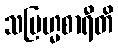
သဗြဟ္မစာရီတိ